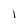
Character: l